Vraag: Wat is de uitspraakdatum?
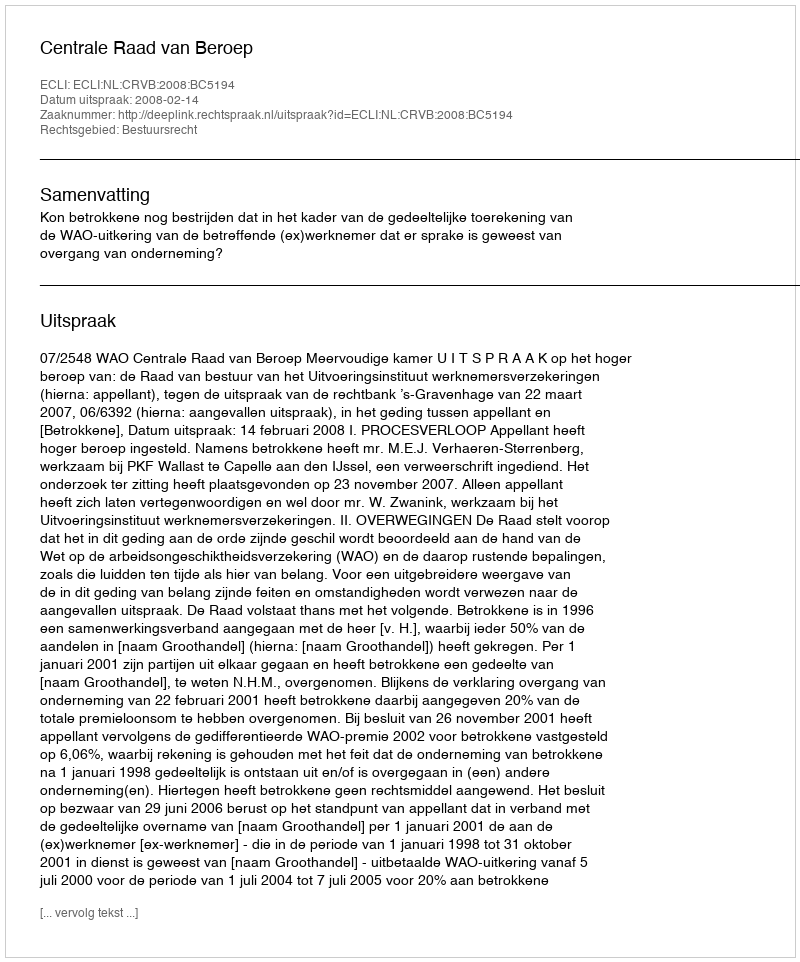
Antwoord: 2008-02-14